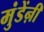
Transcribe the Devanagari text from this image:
मुंडेंऩी